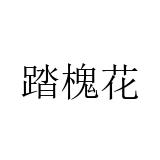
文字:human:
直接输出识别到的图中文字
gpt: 踏槐花